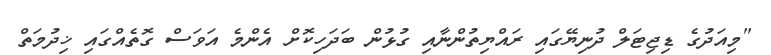
"މިއަދުގެ ޑިޖިޓަލް ދުނިޔޭގައި ރައްޔިތުންނާއި ގުޅުން ބަދަހިކޮށް އެންމެ އަވަސް ގޮތެއްގައި ޚިދުމަތް